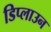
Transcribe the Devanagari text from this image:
डिप्लाउन